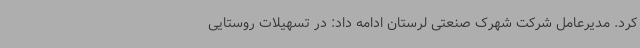
کرد. مدیرعامل شرکت شهرک صنعتی لرستان ادامه داد: در تسهیلات روستایی